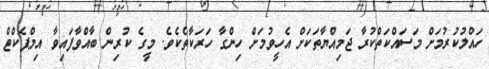
ހައްލުކުރުމަށް މަސައްކަތްކުރާ ޖަމިއްޔާތަކަށް އެހީވުމަށް ހިންގާ ހަރަކާތެކެވެ. މީގެ ކުރިން ބާއްވާފައިވާ އިމްޕެކްޓް